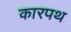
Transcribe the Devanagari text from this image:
कारपथ